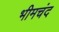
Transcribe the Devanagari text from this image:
भीमचंद